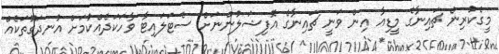
މީގެކުރިން ޗައިނާގެ މީޑިއާ އިން ވަނީ ޗައިނާގެ އޮފިޝަލުންނަށް ސެޓަލައިޓާ ވާހަކަދެއްކުމަށް އުނދަގޫތަކެއް